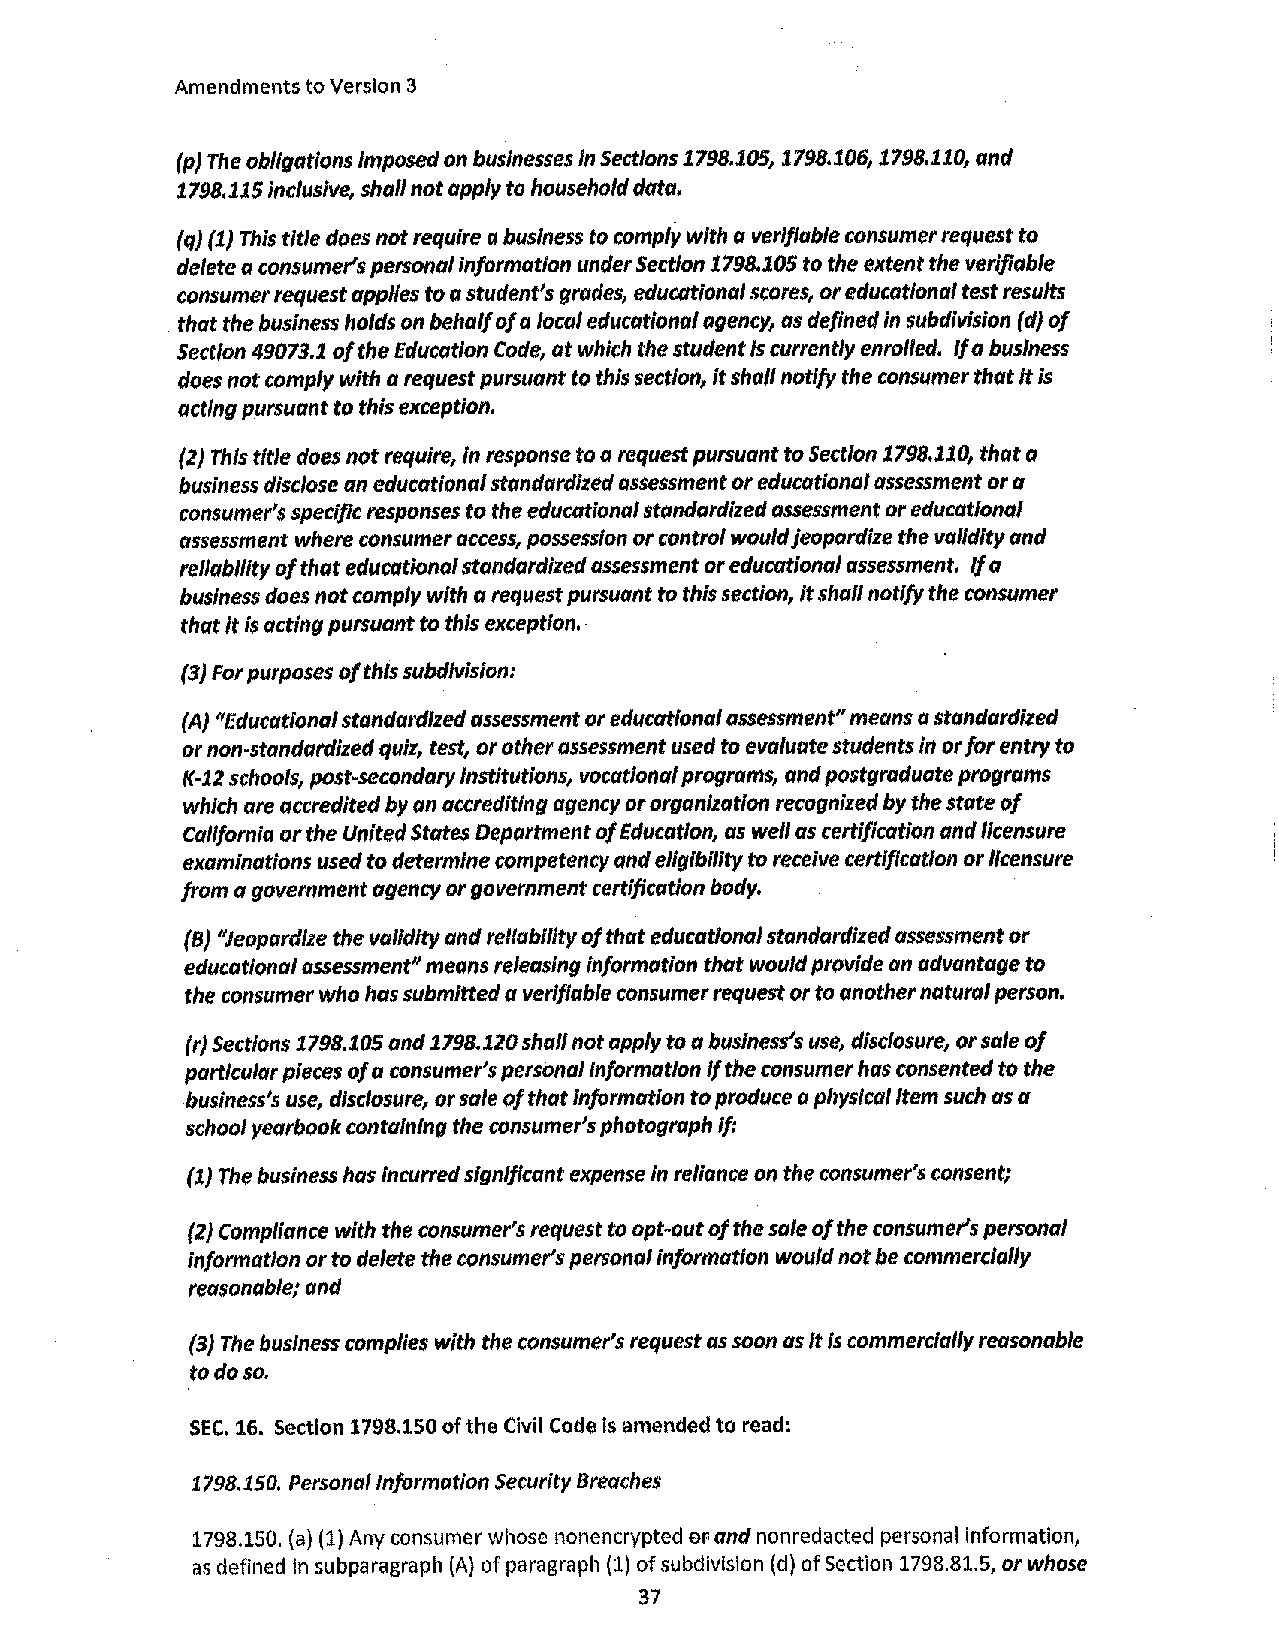
Amendments to Version 3
 (p} The obligations Imposed on businesses in Sections 1798,105, 1798.106, 1798.110, and
 1798.115 Inclusive, shall not apply to household data.
 (q} (1) This title does not require a business to comply with a verifiable consumer request to
 delete a consumer's personal information under Section 1798,105 to the extent the verifiable
 consumer request applies to a student's grades, educational scores, or educational test results
 that the business holds on behalf of o loco/ educot/onol agency, as defined in subdivision (d} of
 Section 49073.1 of the Education Code, ot which the student Is currently enrolled. if a business
 does not comply with o request pursuant to this section, it shall notify the consumer that It is
 acting pursuant to this exception,
 (2) This title does not require, In response too request pursuant to Section 1798.110, that a
 business disclose on educational standardized assessment or educational assessment or o
 consumer's specific responses to the educational standardized assessment or educational
 assessment where consumer access, possession or control would Jeopardize the validity and
 re/lab//ity of that educational standard/zed assessment or educational assessment. If a
 business does not comply with a request pursuant to this section, it shall notify the consumer
 that It is acting pursuant to this exception. ·
 {3} Far purposes of this subdivision:
 {A} "Educational standardized assessment or educational assessment" means a standardized
 or non-standardized quiz, test, or other assessment used to evaluate students In or for entry to
 K-12 schools, post-secondary Institutions, vocational programs, and postgraduate programs
 which are accredited by an accrediting agency or organization recognized by the state of
 California or the United States Deportment of Education, os well as certification and I/censure
 examinations used to determine competency and ellglbllity to receive certification or //censure
 from a government agency or government certification body.
 (BJ "Jeopardize the volldlty and rellablllty of that educational standardized assessment or
 educational assessment" means releasing Information that would provide an advantage to
 the consumer who has submitted a verifiable consumer request or to another natural person.
 (r} Sections 1798.105 and 1798.120 shall not apply to a business's use, disclosure, or sale of
 particular pieces of a consumer's personal Information If the consumer has consented to the
 business's use, disclosure, or sale of that information to produce o physical Item such os a
 school yearbook containing the consumer's photograph If:
 (1) The business hos Incurred significant expense In reliance on the consumer's consent;
 {2} Compliance with the consumer's request to opt-out of the sale of the consumer's personal
 information or to delete the consumer's personal information would not be commerclally
 reasonable; and
 (3) The business complies with the consumer's request as soon as it Is commercially reasonable
 todoso.
 SEC. 16. Section 1798.150 of the Civil Code ls amended to read:
 1798.150, Personal Information Security Breaches
 1798.150. (a) (1) Any consumer whose nonencrypted fill' and non redacted personal information,
 as defined in subparagraph (A) of paragraph (1) of subdivision (d) of Section 1798.81.5, or whose
 37